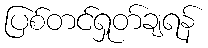
ပြစ်တင်ရှုတ်ချရန်